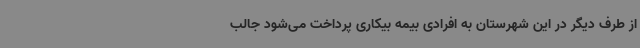
از طرف دیگر در این شهرستان به افرادی بیمه بیکاری پرداخت می‌شود جالب